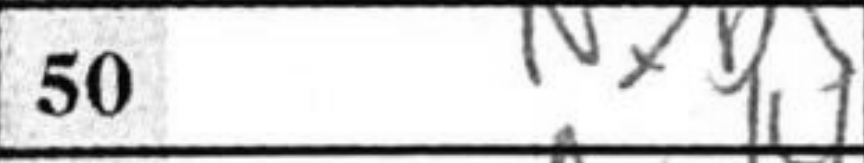
Transcription: Nxb+